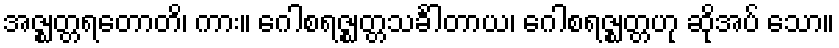
အဇ္ဈတ္တရတောတိ၊ ကား။ ဂေါစရဇ္ဈတ္တသင်္ခါတာယ၊ ဂေါစရဇ္ဈတ္တဟု ဆိုအပ် သော။